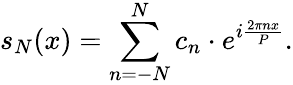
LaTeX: s_{N}(x)=\sum_{n=-N}^{N}c_{n}\cdot e^{i{\frac{2\pi nx}{P}}}.